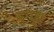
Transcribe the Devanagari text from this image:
डुगड्डा